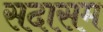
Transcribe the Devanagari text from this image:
सदासम